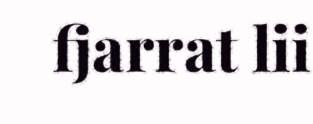
fjarrat lii